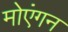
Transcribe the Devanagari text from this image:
मोएंगन